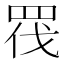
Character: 𭾬